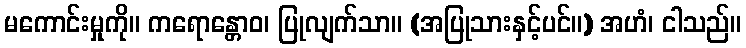
မကောင်းမှုကို။ ကရောန္တောဝ၊ ပြုလျက်သာ။ (အပြုသားနှင့်ပင်။) အဟံ၊ ငါသည်။